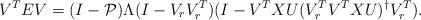
LaTeX: \begin{align*} V^TEV = (I-\mathcal{P})\Lambda (I-V_rV_r^T)(I-V^TXU(V_r^TV^TXU)^\dagger V_r^T).\end{align*}